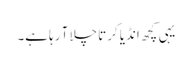
یہی کچھ انڈیا کرتا چلا آ رہا ہے۔